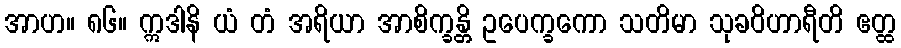
အာဟ။ ၈၆။ ဣဒါနိ ယံ တံ အရိယာ အာစိက္ခန္တိ ဥပေက္ခကော သတိမာ သုခဝိဟာရီတိ ဧတ္ထ